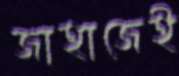
জাহাজেই